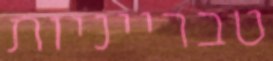
טברייניות